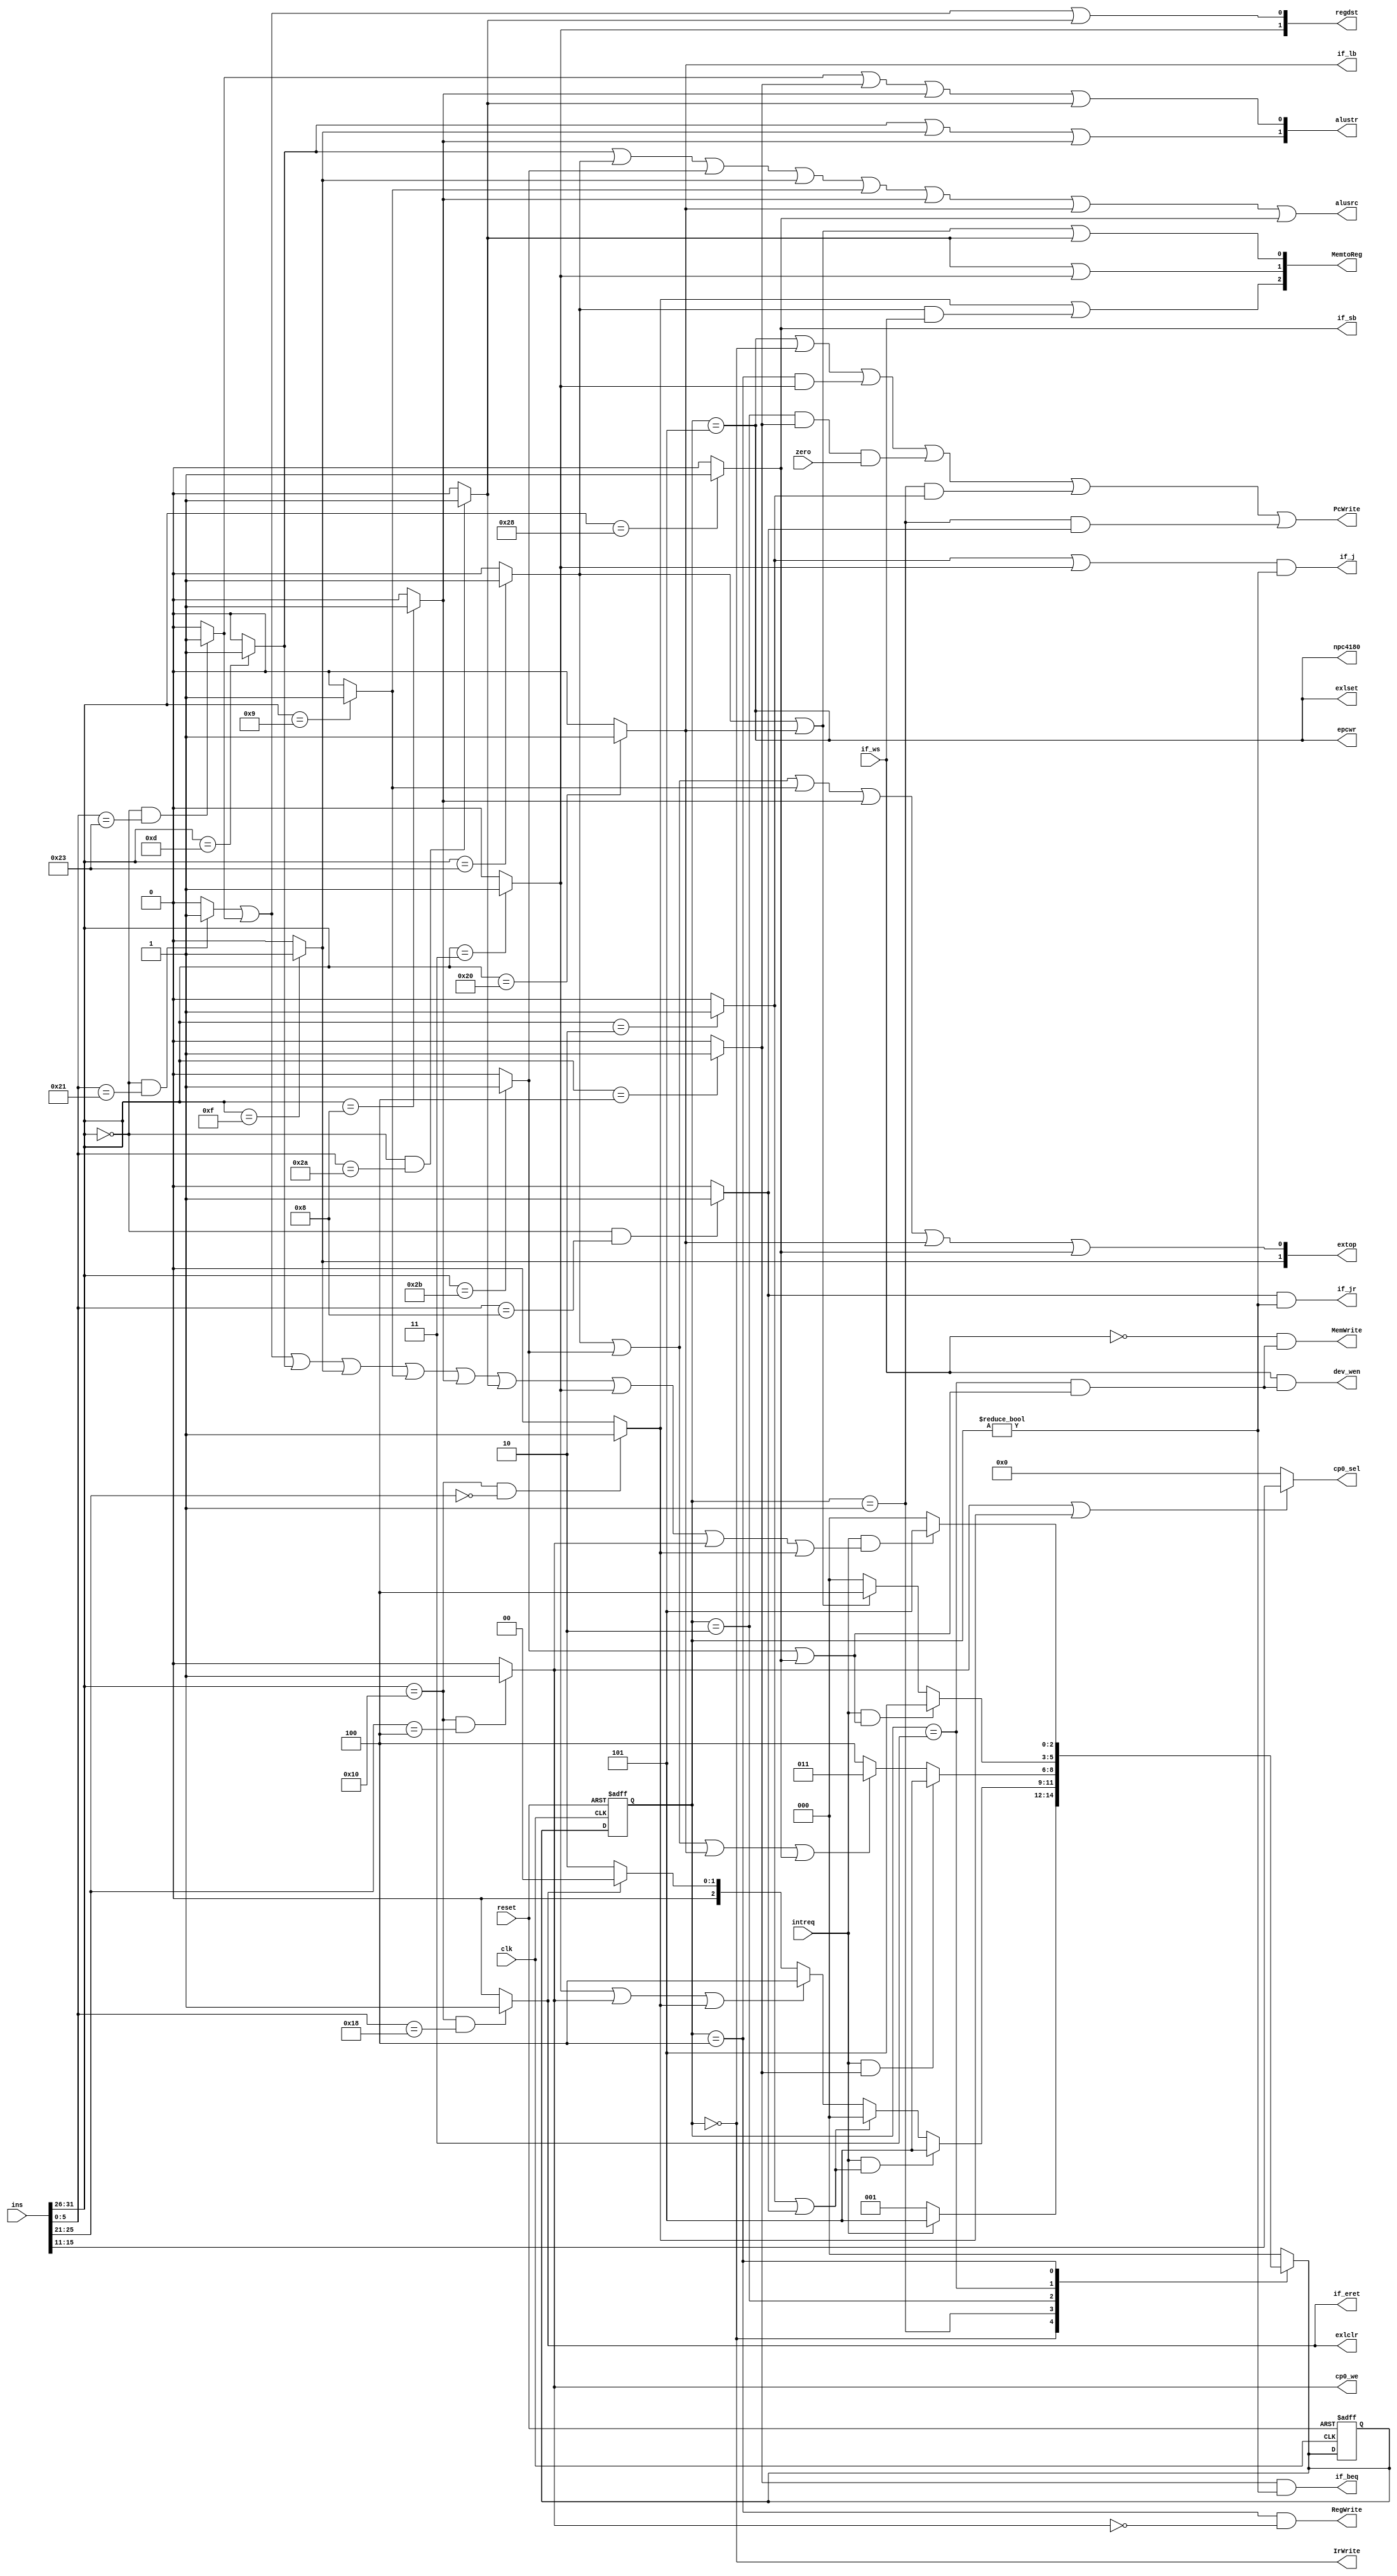
module controller(ins,clk,reset,if_jr,if_beq,if_j,MemWrite,MemtoReg,RegWrite,regdst,alusrc,alustr,extop,if_lb,if_sb,PcWrite,IrWrite,zero,
                  intreq,epcwr,exlset,exlclr,if_eret,cp0_we,cp0_sel,dev_wen,if_ws,npc4180);
  parameter s0=0,s1=1,s2=2,s3=3,s4=4,s5=5,s6=6,s7=7,s8=8,s9=9,s10=10,s11=11,s12=12,s13=13;
  wire addu,subu,ori,lw,sw,beq,lui,j,addiu,addi,slt,jal,jr,lb,sb;
  wire eret,mtc0,mfc0;               
  input if_ws;                         //cpu
  input intreq;                        //
  input clk,reset,zero;
  input[31:0]ins;                     //32-bit instruct
  reg[2:0] current,next;
  output reg npc4180;                 //1 npc
  output [4:0] cp0_sel;               //cp0
  output if_lb,if_sb,if_jr,if_beq,if_j,alusrc,if_eret;
  output reg PcWrite,IrWrite,MemWrite,RegWrite,epcwr,exlset,exlclr,dev_wen,cp0_we;
  output[1:0] regdst,extop;
  output[1:0] alustr;
  output[2:0] MemtoReg;

  //opcodefunct
    assign addu = (ins[31:26]==6'd0 && ins[5:0]==6'b100001)?1:0;
    assign subu = (ins[31:26]==6'd0 && ins[5:0]==6'b100011)?1:0;
    assign slt  = (ins[31:26]==6'd0 && ins[5:0]==6'b101010)?1:0;
    assign jr   = (ins[31:26]==6'd0 && ins[5:0]==6'b001000)?1:0;
    assign j    = (ins[31:26]==6'b000010)?1:0;
    assign jal  = (ins[31:26]==6'b000011)?1:0;
    assign beq  = (ins[31:26]==6'b000100)?1:0;
    assign addi = (ins[31:26]==6'b001000)?1:0;
    assign addiu= (ins[31:26]==6'b001001)?1:0;
    assign ori  = (ins[31:26]==6'b001101)?1:0;
    assign lw   = (ins[31:26]==6'b100011)?1:0;
    assign sw   = (ins[31:26]==6'b101011)?1:0;
    assign lui  = (ins[31:26]==6'b001111)?1:0;
    assign lb   = (ins[31:26]==6'b100000)?1:0;  
    assign sb   = (ins[31:26]==6'b101000)?1:0;
  
    assign eret=(ins[31:26]==6'b010000 && ins[5:0]==6'b011000)?1:0;
    assign mtc0=(ins[31:26]==6'b010000 && ins[25:21]==5'b00100)?1:0;
    assign mfc0=(ins[31:26]==6'b010000 && ins[25:21]==5'b00000)?1:0;
  //  assign cp0_we=(mtc0)?1:0;                     //cp0
    assign cp0_sel=(mtc0||mfc0)?ins[15:11]:5'd0;  //cp0

  always@(posedge clk or posedge reset)
  begin
    if(reset)
      begin
        current <= 0; 
        next <= 0;
      end
    else
      begin
        current <= next;
      end
  end
  
  always@(current,addu,subu,ori,lw,sw,beq,lui,j,addiu,addi,slt,jal,jr,lb,sb,eret,mtc0,mfc0)
  begin
    case(current)
      s0:
          if(intreq) next <= s5;
          else next <= s1;
      s1: 
          if(intreq && (j||jr)) next <= s5;
          else if(j||jr) next <= s0;
          else if(jal||mtc0||mfc0) next <= s4;
          else if(eret) next <= s0;
          else next <= s2;
      s2: 
          if(intreq && beq) next<=s5;
          else if(lw||sw||lb||sb) next<=s3; 
          else next<=s4;            //all else(not connected with dm)
      s3: 
          if(intreq && (sw||sb)) next <= s5;
          else if(lw||lb) next <= s4;
          else next <= s0;
      s4:        
          if(intreq && (addu||subu||ori||lui||addiu||addi||slt||jal||mtc0||mfc0)) next<=s5;
          else next <= s0;
      s5: 
          next<=s0;
      default: next <= s0;
    endcase
  end
  
  always@(current,addu,subu,ori,lw,sw,beq,lui,j,addiu,addi,slt, jal,jr,lb,sb,zero,eret)
  begin
    PcWrite  = (current==s5)||(current==s0)||((current==s4) && jal)||((current==s2) && beq && zero)||((current==s1) && j)||((current==s1) && jr);
    //1 PC
    IrWrite  = (current==s0);
    //1 IR
    RegWrite = ((current==s4) && (!mtc0));
    //1 
    MemWrite = (!if_ws) && ((current==s3) && (sw||sb));   
    //1 DM
    dev_wen  = (if_ws) && ((current==s3) && (sw||sb));
    //1 
    cp0_we   = mtc0;                //cp0
  //  cp0_sel  =(mtc0||mfc0)?ins[15:11]:5'd0;  //cp0
    epcwr    = (current==s5);   //epc
    exlset   = (current==s5);   //SREXL 
    exlclr   = eret;            //SREXLeret
    npc4180  = (current==s5);   //npc
  end

  //
    assign if_eret= eret;
    assign if_jr  = jr && (current!=s0);                 //1 jr
    assign if_beq = beq && (current!=s0);                //1 beq
    assign if_j   = (j||jal) && (current!=s0);           //1 j
    assign if_lb  = lb;                                  //1 lb
    assign if_sb  = sb;                                  //1 sb
    assign MemtoReg = {(mfc0||(lw && if_ws)),(slt||jal),(lw||lb||slt)};   //
    assign regdst   = {jal,(addu||subu||slt)};          //
    assign alusrc   = ori||lw||sw||lui||addiu||addi||lb||sb;        //ALU 0 bushB;1 extout
    assign alustr   = {(ori||lui||addi),(subu||beq||addi||slt)};    //ALU 00 add; 01 sub; 10 or; 11 addi 
    assign extop    = {lui,(lw||sw||addiu||addi||lb||sb)};          // 00 001 10 lui

endmodule